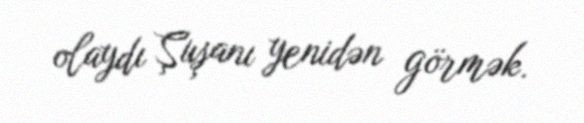
olaydı Şuşanı yenidən görmək.